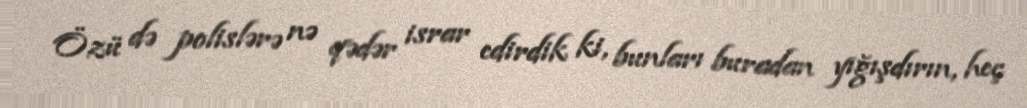
Özü də polislərə nə qədər israr edirdik ki, bunları buradan yığışdırın, heç